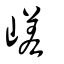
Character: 嵯